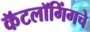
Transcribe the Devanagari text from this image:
कॅटलॉगिंगचे